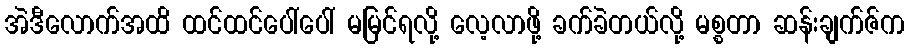
အဲဒီလောက်အထိ ထင်ထင်ပေါ်ပေါ် မမြင်ရလို့ လေ့လာဖို့ ခက်ခဲတယ်လို့ မစ္စတာ ဆန်းချက်ဇ်က